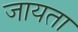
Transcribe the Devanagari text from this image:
जायता